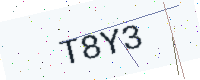
Text: T8Y3